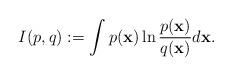
LaTeX: \begin{align*}I(p, q) :=\int p(\textbf{{x}})\ln\frac{p(\textbf{{x}})}{q(\textbf{{x}})}d\textbf{{x}}.\end{align*}